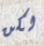
لكن